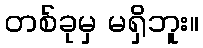
တစ်ခုမှ မရှိဘူး။